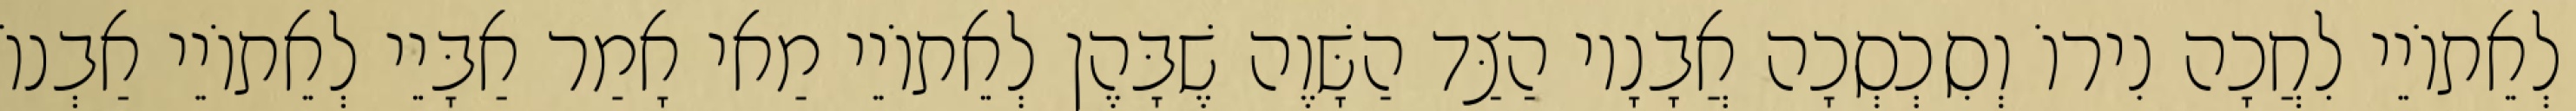
לְאֵתוֹיֵי לִחֲכָה נִירוֹ וְסִכְסְכָה אֲבָנָיו הַצַּד הַשָּׁוֶה שֶׁבָּהֶן לְאֵתוֹיֵי מַאי אָמַר אַבָּיֵי לְאֵתוֹיֵי אַבְנוֹ